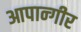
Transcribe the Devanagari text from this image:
आपान्गीर